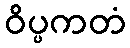
ဝိပ္ပကတံ